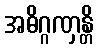
အဓိဂ္ဂဏှန္တိ